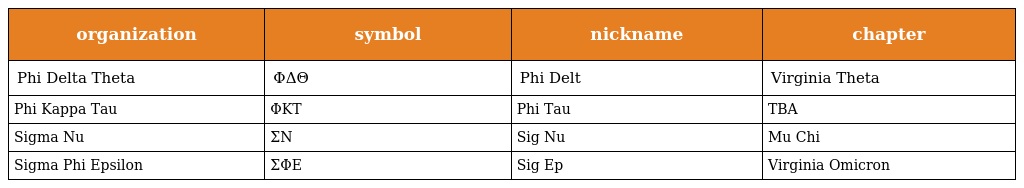
| organization | symbol | nickname | chapter |
 | --- | --- | --- | --- |
 | Phi Delta Theta | ΦΔΘ | Phi Delt | Virginia Theta |
 | Phi Kappa Tau | ΦΚΤ | Phi Tau | TBA |
 | Sigma Nu | ΣΝ | Sig Nu | Mu Chi |
 | Sigma Phi Epsilon | ΣΦΕ | Sig Ep | Virginia Omicron |